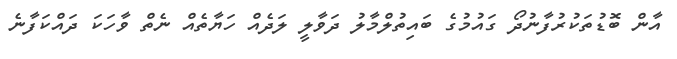
އާން ބޮޑުތަކުރުފާނުދޯ ގައުމުގެ ބައިތުލްމާލު ދަވާލީ ލަދެއް ހަޔާތެއް ނެތް ވާހަކަ ދައްކަފާނެ